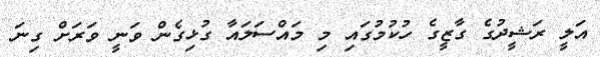
އަލީ ރަޝީދުގެ ގާޒީގެ ހުކުމުގައި މި މައްސަލައާ ގުޅިގެން ވަނީ ވަރަށް ގިނަ